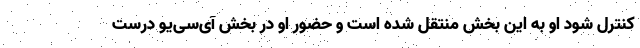
کنترل شود او به این بخش منتقل شده است و حضور او در بخش آی‌سی‌یو درست